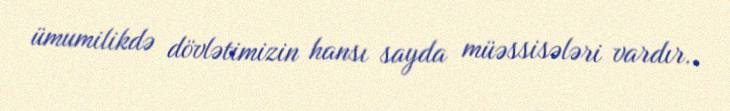
ümumilikdə dövlətimizin hansı sayda müəssisələri vardır..